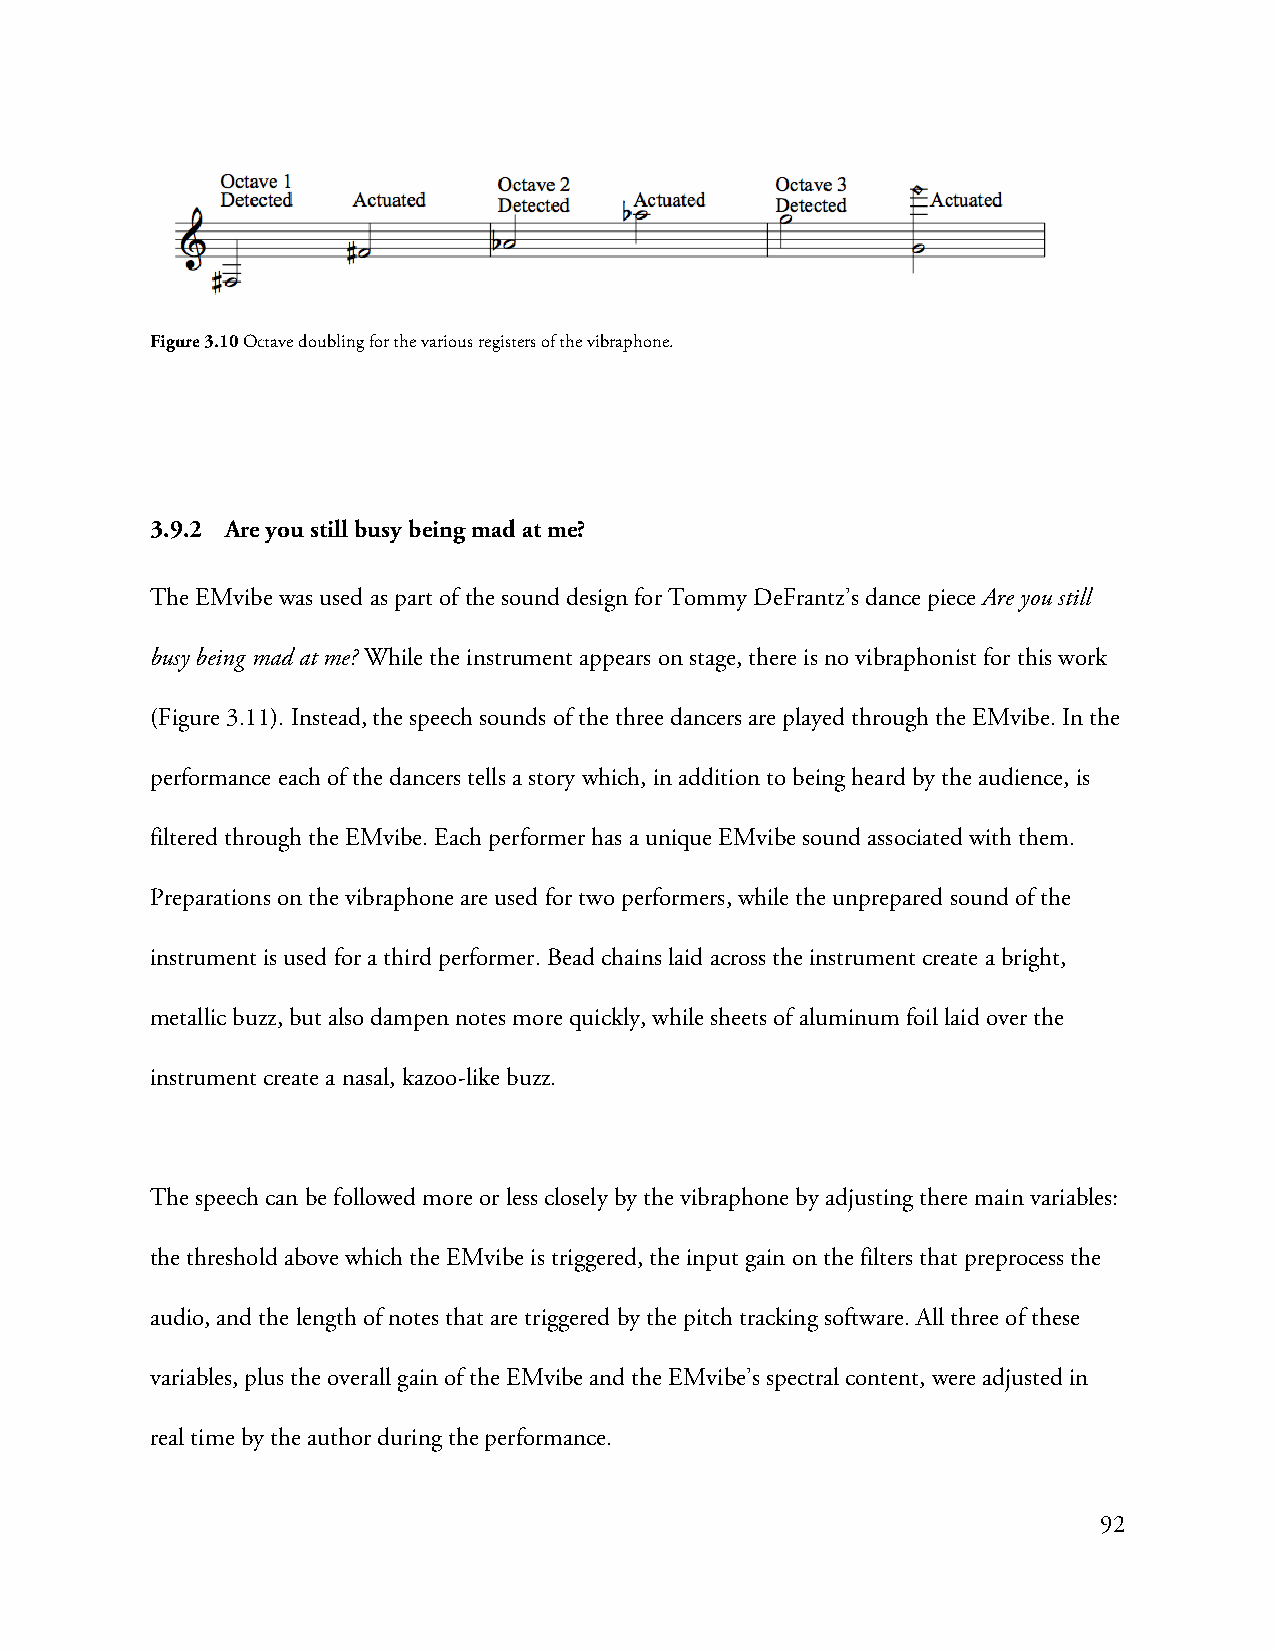
Figure 3.10 Octave doubling for the various registers of the vibraphone.
 3.9.2 Are you still busy being mad at me?
 The EMvibe was used as part of the sound design for Tommy DeFrantz’s dance piece Are you still
 busy being mad at me? While the instrument appears on stage, there is no vibraphonist for this work
 (Figure 3.11). Instead, the speech sounds of the three dancers are played through the EMvibe. In the
 performance each of the dancers tells a story which, in addition to being heard by the audience, is
 filtered through the EMvibe. Each performer has a unique EMvibe sound associated with them.
 Preparations on the vibraphone are used for two performers, while the unprepared sound of the
 instrument is used for a third performer. Bead chains laid across the instrument create a bright,
 metallic buzz, but also dampen notes more quickly, while sheets of aluminum foil laid over the
 instrument create a nasal, kazoo-like buzz.
 The speech can be followed more or less closely by the vibraphone by adjusting there main variables:
 the threshold above which the EMvibe is triggered, the input gain on the filters that preprocess the
 audio, and the length of notes that are triggered by the pitch tracking software. All three of these
 variables, plus the overall gain of the EMvibe and the EMvibe’s spectral content, were adjusted in
 real time by the author during the performance.
 92